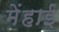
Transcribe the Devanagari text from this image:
मेंहाई